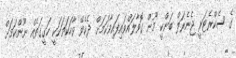
ގެ ސެކްރެޓަރީ ޖެނެރަލް ބަންކީ މޫން ގޮވާލައްވައިފައިވާކަމަށް ދެކެވޭ ވާހަކަތަކަކީ ހަގީގަތެއް ނޫންކަމަށް